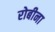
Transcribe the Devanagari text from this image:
रोबीना